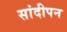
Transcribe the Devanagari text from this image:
सांदीपन